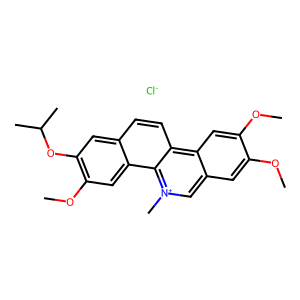
SMILES: COc1cc2c[n+](C)c3c4cc(OC)c(OC(C)C)cc4ccc3c2cc1OC.[Cl-]
Inhibits HIV replication: No